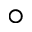
{ { \circ } }